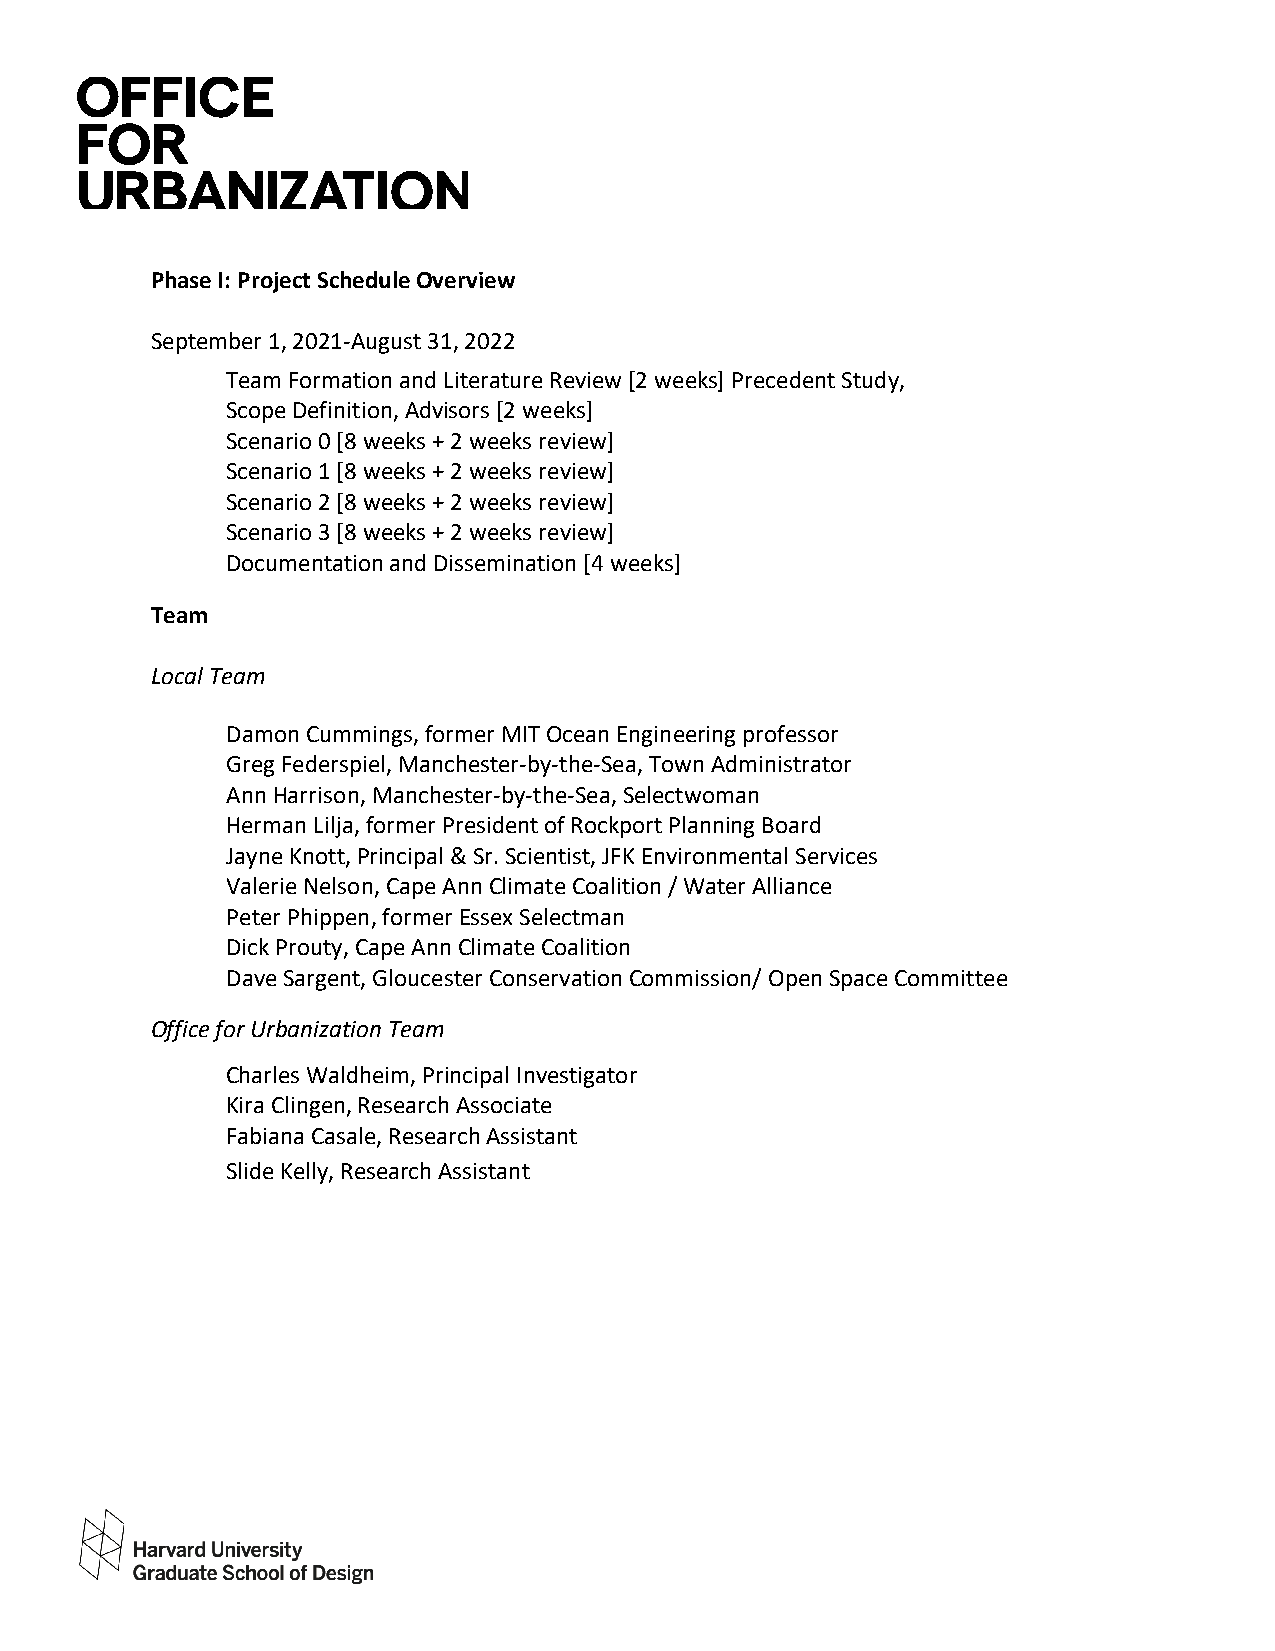
Phase I: Project Schedule Overview
 September 1, 2021-August 31, 2022
 Team Formation and Literature Review [2 weeks] Precedent Study,
 Scope Definition, Advisors [2 weeks]
 Scenario 0 [8 weeks + 2 weeks review]
 Scenario 1 [8 weeks + 2 weeks review]
 Scenario 2 [8 weeks + 2 weeks review]
 Scenario 3 [8 weeks + 2 weeks review]
 Documentation and Dissemination [4 weeks]
 Team
 Local Team
 Damon Cummings, former MIT Ocean Engineering professor
 Greg Federspiel, Manchester-by-the-Sea, Town Administrator
 Ann Harrison, Manchester-by-the-Sea, Selectwoman
 Herman Lilja, former President of Rockport Planning Board
 Jayne Knott, Principal & Sr. Scientist, JFK Environmental Services
 Valerie Nelson, Cape Ann Climate Coalition / Water Alliance
 Peter Phippen, former Essex Selectman
 Dick Prouty, Cape Ann Climate Coalition
 Dave Sargent, Gloucester Conservation Commission/ Open Space Committee
 Office for Urbanization Team
 Charles Waldheim, Principal Investigator
 Kira Clingen, Research Associate
 Fabiana Casale, Research Assistant
 Slide Kelly, Research Assistant